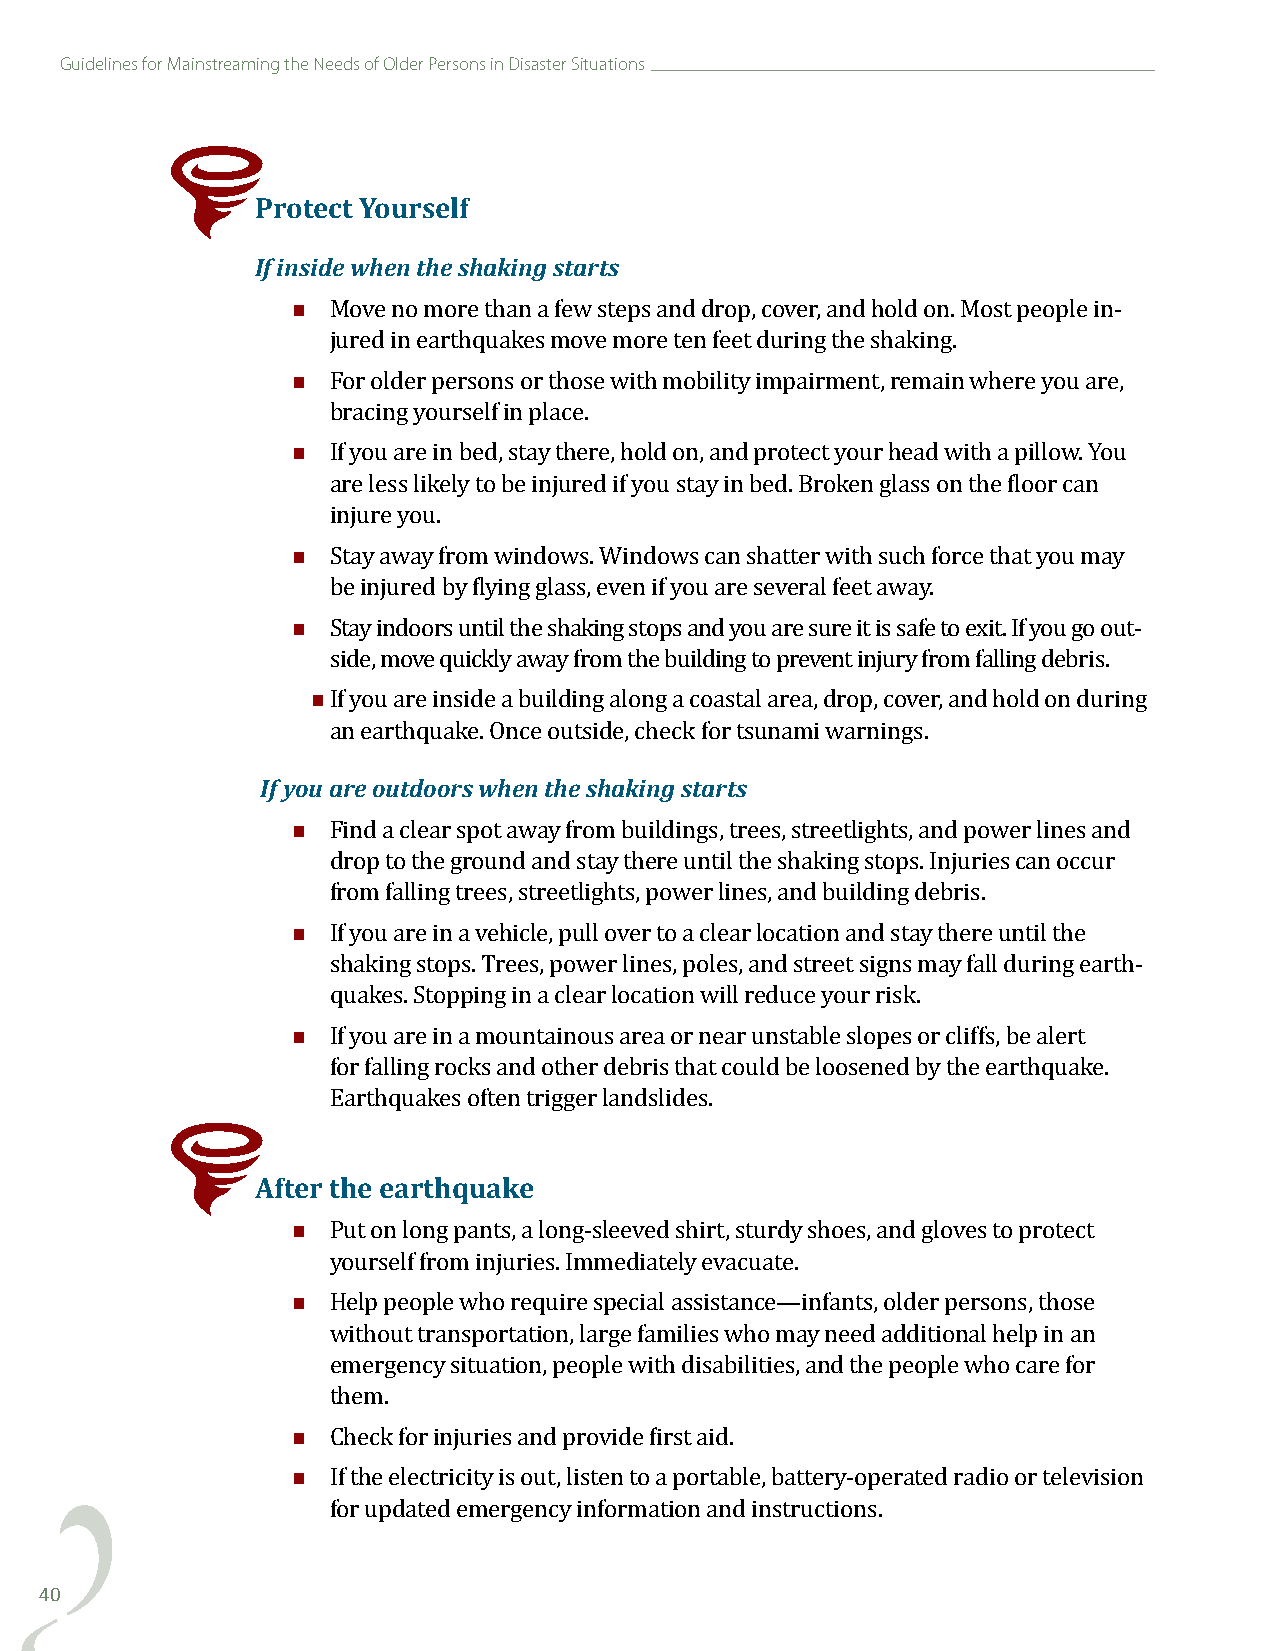
Guidelines for Mainstreaming the Needs of Older Persons in Disaster Situations
 Protect Yourself
 If inside when the shaking starts
 
 Move no more than a few steps and drop, cover, and hold on. Most people in-
 
 jured in earthquakes move more ten feet during the shaking.
 For older persons or those with mobility impairment, remain where you are,
 
 bracing yourself in place.
 If you are in bed, stay there, hold on, and protect your head with a pillow. You
 are less likely to be injured if you stay in bed. Broken glass on the floor can
 
 injure you.
 Stay away from windows. Windows can shatter with such force that you may
 
 be injured by flying glass, even if you are several feet away.
 Stay indoors until the shaking stops and you are sure it is safe to exit. If you go out-
 
 side, move quickly away from the building to prevent injury from falling debris.
 If you are inside a building along a coastal area, drop, cover, and hold on during
 If you aanre e oarutthdqouoarkse w. Ohnecne tohuet ssihdae,k cihnegc skt faorrt stsunami warnings.
 
 Find a clear spot away from buildings, trees, streetlights, and power lines and
 drop to the ground and stay there until the shaking stops. Injuries can occur
 
 from falling trees, streetlights, power lines, and building debris.
 If you are in a vehicle, pull over to a clear location and stay there until the
 shaking stops. Trees, power lines, poles, and street signs may fall during earth-
 
 quakes. Stopping in a clear location will reduce your risk.
 If you are in a mountainous area or near unstable slopes or cliffs, be alert
 for falling rocks and other debris that could be loosened by the earthquake.
 Earthquakes often trigger landslides.
 After the earthquake
 
 Put on long pants, a long-sleeved shirt, sturdy shoes, and gloves to protect
 
 yourself from injuries. Immediately evacuate.
 Help people who require special assistance—infants, older persons, those
 without transportation, large families who may need additional help in an
 emergency situation, people with disabilities, and the people who care for
 
 them.
 
 Check for injuries and provide first aid.
 If the electricity is out, listen to a portable, battery-operated radio or television
 for updated emergency information and instructions.
 40